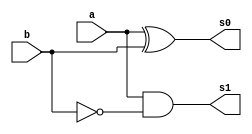
// ------------------------- 
// Exemplo0022 - diferenciador 
// Nome: Gabriel Luiz M. G. Vieira 
// ------------------------- 
// ------------------------- 
// diferenciador_gate 
// ------------------------- 

module MD (output  s0, output s1,
input  a, 
input  b);
wire nb;

not NOT1 (nb,b);
xor XOR1 (s0,a,b);
and AND1 (s1,a,nb);

endmodule//MD

module FD (output  s0, output s1,
input  a, 
input  b,
input  c);
wire x,y,z;

MD AD1 (x,y,a,b);
MD AD2 (s0,z,x,c);
and AND1 (s1,z,y);

endmodule//FD

module diferenciador (output  s0, output  s1, output  s2,
input  [2:0] a, 
input  [2:0] b,
input c);

wire o,m,n,w,p,q;

xor XOR1(o,b[0],c);
xor XOR2(m,a[1],c);
xor XOR3(n,b[2],c);
FD FD1(s0,w,a[0],o,c);
FD FD2(s1,p,b[1],m,w);
FD FD3(s2,q,a[2],n,p);

endmodule//diferenciador

module test_diferenciador; 
// ------------------------- definir dados 
reg [2:0] y,z;  
reg c;
wire g,h,i;
diferenciador modulo1 (g,h,i,y,z,c);
// ------------------------- parte principal 
initial begin 
$display("Exemplo0022 - Gabriel Luiz M. G. Vieira - 441691"); 
$display("Test LU's module"); 
y = 3'b000; z = 3'b000; c = 'b0;
// projetar testes do modulo 
#1 $monitor("%3b  %3b  %3b = %3b%3b%3b ",z,y,c,i,h,g);
#1 y = 3'b001; z = 3'b000; c = 'b0;
#1 y = 3'b001; z = 3'b001; c = 'b0;
#1 y = 3'b010; z = 3'b001; c = 'b0;
#1 y = 3'b010; z = 3'b010; c = 'b0;
#1 y = 3'b011; z = 3'b010; c = 'b0;
#1 y = 3'b011; z = 3'b011; c = 'b0;
#1 y = 3'b100; z = 3'b011; c = 'b0;
#1 y = 3'b100; z = 3'b100; c = 'b0;
#1 y = 3'b101; z = 3'b100; c = 'b0;
#1 y = 3'b101; z = 3'b101; c = 'b0;
#1 y = 3'b110; z = 3'b101; c = 'b0;
#1 y = 3'b110; z = 3'b110; c = 'b0;
#1 y = 3'b111; z = 3'b110; c = 'b0;
#1 y = 3'b111; z = 3'b111; c = 'b0;
#1 y = 3'b000; z = 3'b111; c = 'b0;
#1 y = 3'b000; z = 3'b000; c = 'b1;
#1 y = 3'b001; z = 3'b000; c = 'b1;
#1 y = 3'b001; z = 3'b001; c = 'b1;
#1 y = 3'b010; z = 3'b001; c = 'b1;
#1 y = 3'b010; z = 3'b010; c = 'b1;
#1 y = 3'b011; z = 3'b010; c = 'b1;
#1 y = 3'b011; z = 3'b011; c = 'b1;
#1 y = 3'b100; z = 3'b011; c = 'b1;
#1 y = 3'b100; z = 3'b100; c = 'b1;
#1 y = 3'b101; z = 3'b100; c = 'b1;
#1 y = 3'b101; z = 3'b101; c = 'b1;
#1 y = 3'b110; z = 3'b101; c = 'b1;
#1 y = 3'b110; z = 3'b110; c = 'b1;
#1 y = 3'b111; z = 3'b110; c = 'b1;
#1 y = 3'b111; z = 3'b111; c = 'b1;
end 
endmodule // test_diferenciador